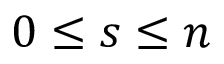
0 \leq s \leq n